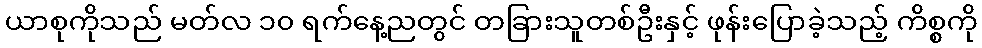
ယာစုကိုသည် မတ်လ ၁၀ ရက်နေ့ညတွင် တခြားသူတစ်ဦးနှင့် ဖုန်းပြောခဲ့သည့် ကိစ္စကို